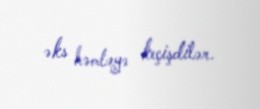
əks həmləyə keçişdilər.